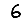
Digit: 6